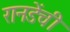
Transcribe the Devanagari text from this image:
रानडेंची